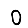
Digit: 0